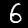
Label: 6